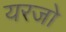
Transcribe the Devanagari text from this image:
यरजो